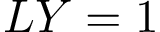
L Y = 1